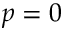
p = 0